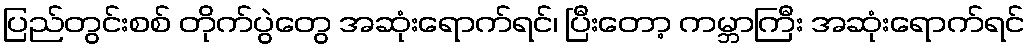
ပြည်တွင်းစစ် တိုက်ပွဲတွေ အဆုံးရောက်ရင်၊ ပြီးတော့ ကမ္ဘာကြီး အဆုံးရောက်ရင်